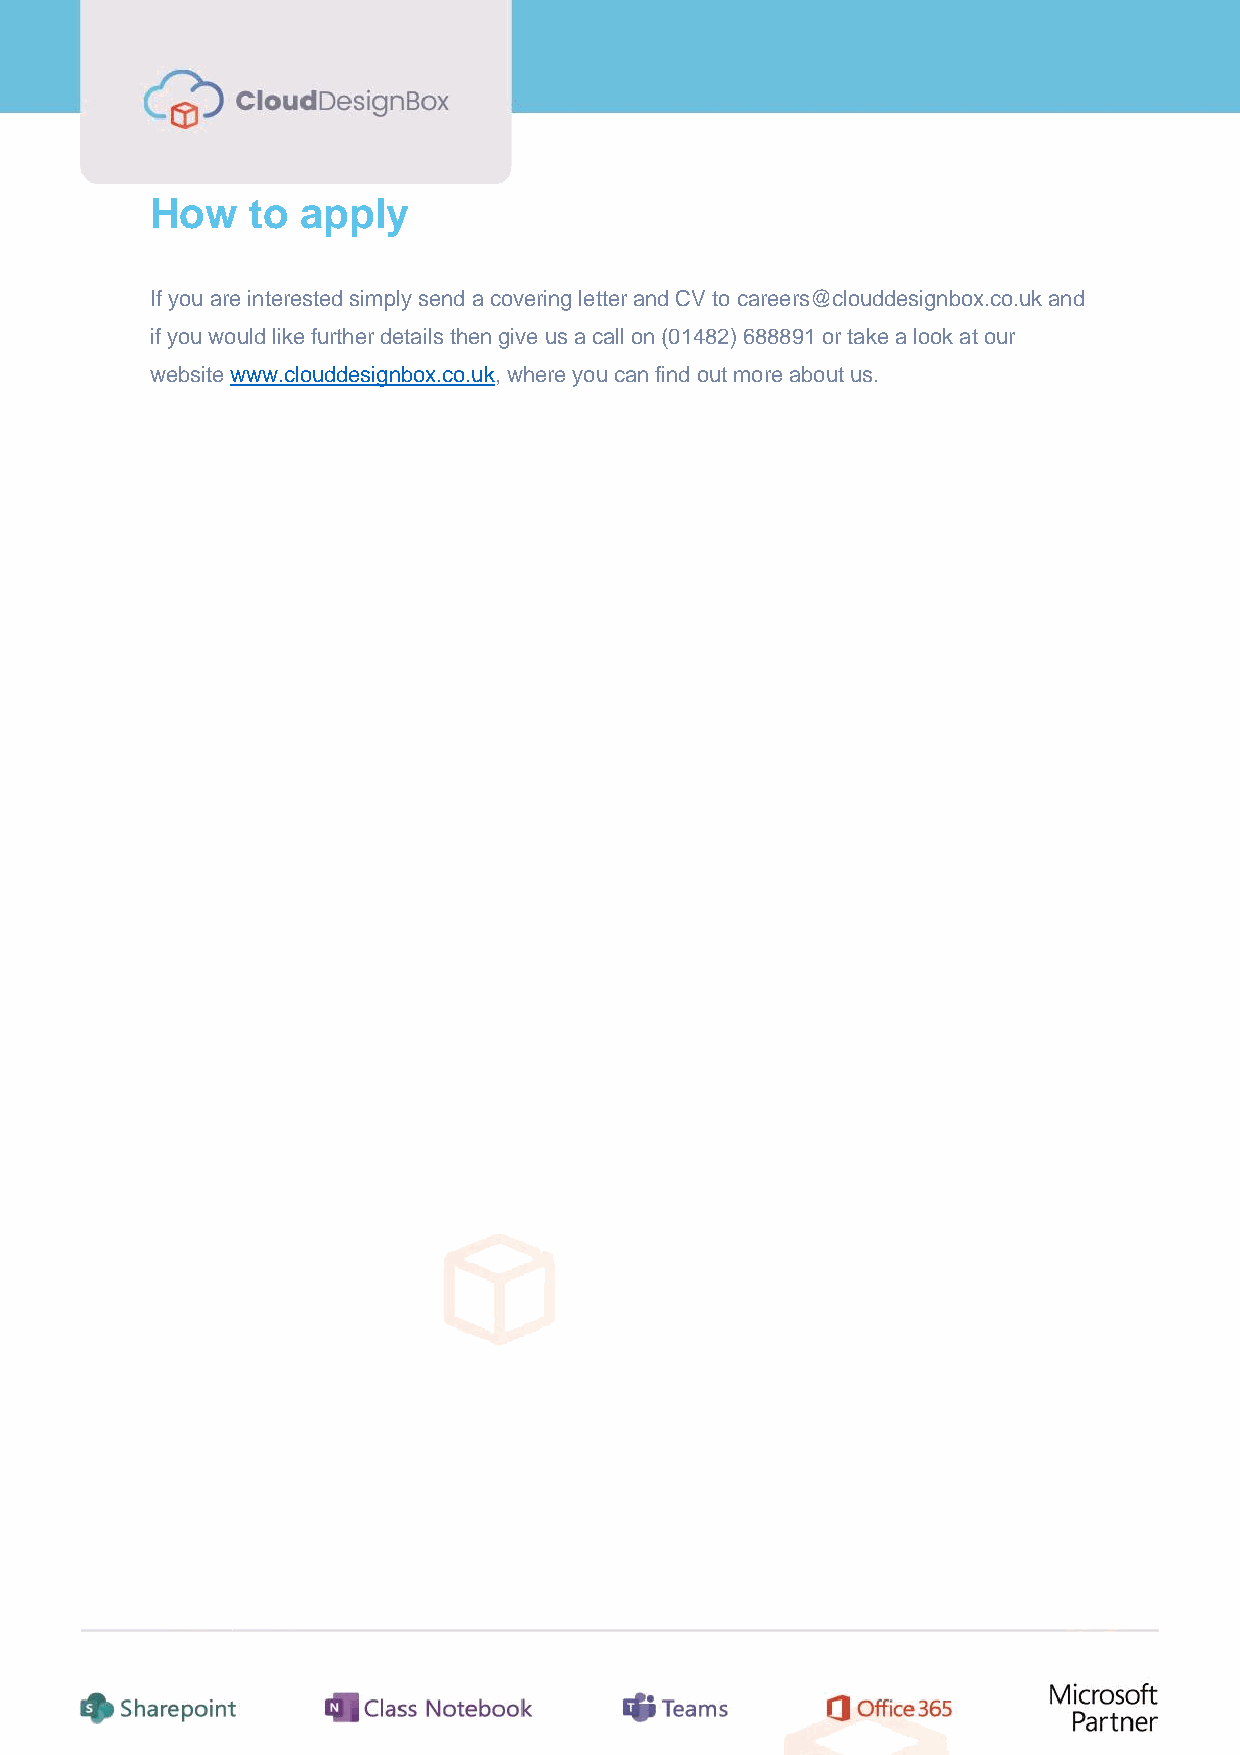
How    to apply
 If you are interested simply send a covering letter and CV to careers@clouddesignbox.co.uk and
 if you would like further details then give us a call on (01482) 688891 or take a look at our
 website www.clouddesignbox.co.uk, where you can find out more about us.